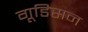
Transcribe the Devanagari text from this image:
गूडिसन